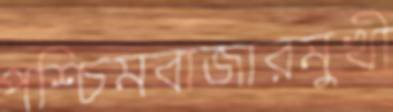
পশ্চিমবাজারমুখী